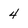
Character: 4